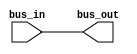
module bus(bus_in, bus_out);

	input [7:0]bus_in;
	output [7:0]bus_out;
	
	assign bus_out = bus_in;
endmodule